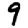
Digit: 9